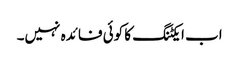
اب ایکٹنگ کا کوئی فائدہ نہیں۔